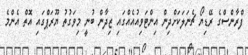
ފްރާންސްގެ ރޭޑިޔޯ ޗެނަލަކަށްދިން އިންޓަވިއުއެއްގައި ޒިދާން ބުނީ މިވަގުތު ޔޫރަޕްގައި އޮތް އެންމެ